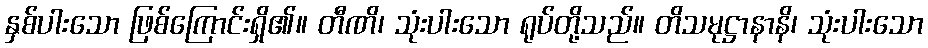
နှစ်ပါးသော ဖြစ်ကြောင်းရှိ၏။ တီဏိ၊ သုံးပါးသော ရုပ်တို့သည်။ တိသမုဋ္ဌာနာနိ၊ သုံးပါးသော